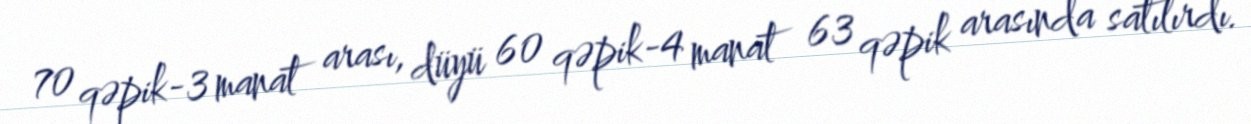
70 qəpik-3 manat arası, düyü 60 qəpik-4 manat 63 qəpik arasında satılırdı.